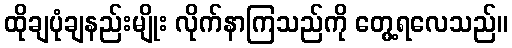
ထိုချပုံချနည်းမျိုး လိုက်နာကြသည်ကို တွေ့ရလေသည်။